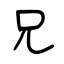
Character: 兄